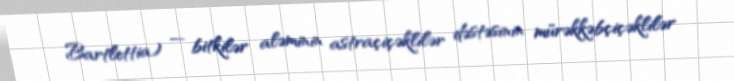
Bartlettia) — bitkilər aləminin astraçiçəklilər dəstəsinin mürəkkəbçiçəklilər